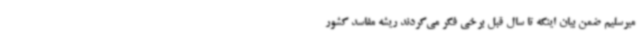
میرسلیم ضمن بیان اینکه تا سال قبل برخی فکر می‌کردند ریشه مفاسد کشور